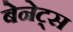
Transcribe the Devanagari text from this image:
बेनेट्स